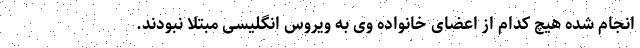
انجام شده هیچ کدام از اعضای خانواده وی به ویروس انگلیسی مبتلا نبودند.